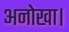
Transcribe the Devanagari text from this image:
अनोखा।